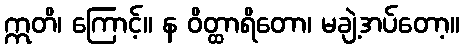
ဣတိ၊ ကြောင့်။ န ဝိတ္ထာရိတော၊ မချဲ့အပ်တော့။